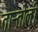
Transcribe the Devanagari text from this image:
तान्तोली